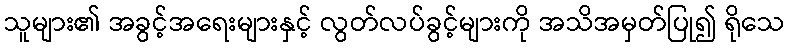
သူများ၏ အခွင့်အရေးများနှင့် လွတ်လပ်ခွင့်များကို အသိအမှတ်ပြု၍ ရိုသေ